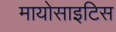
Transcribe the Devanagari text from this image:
मायोसाइटिस